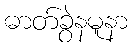
ဓာတ်ခွဲနမူနာ